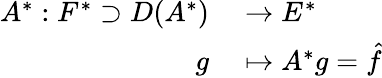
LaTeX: \begin{array}{rl}{A^{*}:F^{*}\supset D(A^{*})}&{{}\to E^{*}}\\ {g}&{{}\mapsto A^{*}g={\hat{f}}}\end{array}